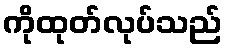
ကိုထုတ်လုပ်သည်